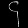
Digit: ၄